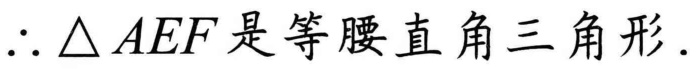
\(\therefore\triangle AEF\)是等腰直角三角形.